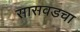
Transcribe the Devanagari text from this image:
सासवडचा